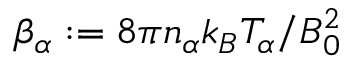
\beta _ { \alpha } : = 8 \pi n _ { \alpha } k _ { B } T _ { \alpha } / B _ { 0 } ^ { 2 }